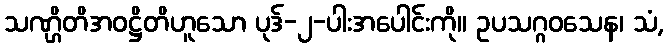
သဏ္ဌိတိအဝဋ္ဌိတိဟူသော ပုဒ်-၂-ပါးအပေါင်းကို။ ဥပသဂ္ဂဝသေန၊ သံ,